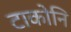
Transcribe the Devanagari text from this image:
टाकोनि